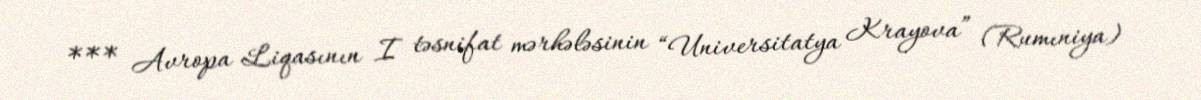
*** Avropa Liqasının I təsnifat mərhələsinin “Universitatya Krayova” (Rumıniya)